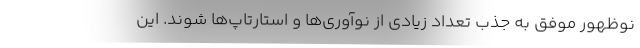
نوظهور موفق به جذب تعداد زیادی از نوآوری‌ها و استارتاپ‌ها شوند. این